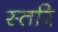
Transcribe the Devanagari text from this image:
स्तरि